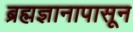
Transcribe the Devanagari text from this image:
ब्रह्मज्ञानापासून